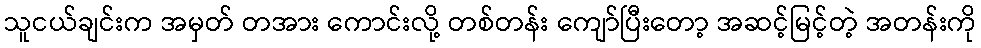
သူငယ်ချင်းက အမှတ် တအား ကောင်းလို့ တစ်တန်း ကျော်ပြီးတော့ အဆင့်မြင့်တဲ့ အတန်းကို